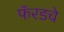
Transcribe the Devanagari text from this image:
फॅरडचे